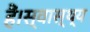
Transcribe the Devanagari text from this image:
हैं।स्वास्थ्य